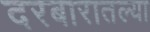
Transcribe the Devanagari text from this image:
दरबारातल्या